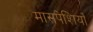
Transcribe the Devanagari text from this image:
मासपेशियाँ